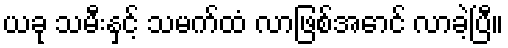
ယခု သမီးနှင့် သမက်ထံ လာဖြစ်အောင် လာခဲ့ပြီ။